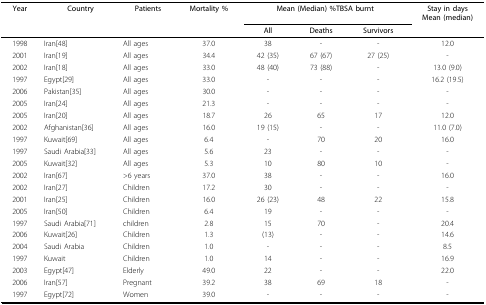
<table><thead><tr><td><b>Year</b></td><td><b>Country</b></td><td><b>Patients</b></td><td><b>Mortality %</b></td><td colspan="3"><b>Mean (Median) %TBSA burnt</b></td><td><b>Stay in daysMean (median)</b></td></tr><tr><td></td><td></td><td></td><td></td><td><b>All</b></td><td><b>Deaths</b></td><td><b>Survivors</b></td><td></td></tr></thead><tbody><tr><td>1998</td><td>Iran[48]</td><td>All ages</td><td>37.0</td><td>38</td><td>-</td><td>-</td><td>12.0</td></tr><tr><td>2001</td><td>Iran[19]</td><td>All ages</td><td>34.4</td><td>42 (35)</td><td>67 (67)</td><td>27 (25)</td><td>-</td></tr><tr><td>2002</td><td>Iran[18]</td><td>All ages</td><td>33.0</td><td>48 (40)</td><td>73 (88)</td><td>-</td><td>13.0 (9.0)</td></tr><tr><td>1997</td><td>Egypt[29]</td><td>All ages</td><td>33.0</td><td>-</td><td>-</td><td>-</td><td>16.2 (19.5)</td></tr><tr><td>2006</td><td>Pakistan[35]</td><td>All ages</td><td>30.0</td><td>-</td><td>-</td><td>-</td><td>-</td></tr><tr><td>2005</td><td>Iran[24]</td><td>All ages</td><td>21.3</td><td>-</td><td>-</td><td>-</td><td>-</td></tr><tr><td>2005</td><td>Iran[20]</td><td>All ages</td><td>18.7</td><td>26</td><td>65</td><td>17</td><td>12.0</td></tr><tr><td>2002</td><td>Afghanistan[36]</td><td>All ages</td><td>16.0</td><td>19 (15)</td><td>-</td><td>-</td><td>11.0 (7.0)</td></tr><tr><td>1997</td><td>Kuwait[69]</td><td>All ages</td><td>6.4</td><td>-</td><td>70</td><td>20</td><td>16.0</td></tr><tr><td>1997</td><td>Saudi Arabia[33]</td><td>All ages</td><td>5.6</td><td>23</td><td>-</td><td>-</td><td>-</td></tr><tr><td>2005</td><td>Kuwait[32]</td><td>All ages</td><td>5.3</td><td>10</td><td>80</td><td>10</td><td>-</td></tr><tr><td>2002</td><td>Iran[67]</td><td>&gt;6 years</td><td>37.0</td><td>38</td><td>-</td><td>-</td><td>16.0</td></tr><tr><td>2002</td><td>Iran[27]</td><td>Children</td><td>17.2</td><td>30</td><td>-</td><td>-</td><td>-</td></tr><tr><td>2001</td><td>Iran[25]</td><td>Children</td><td>16.0</td><td>26 (23)</td><td>48</td><td>22</td><td>15.8</td></tr><tr><td>2005</td><td>Iran[50]</td><td>Children</td><td>6.4</td><td>19</td><td>-</td><td>-</td><td>-</td></tr><tr><td>1997</td><td>Saudi Arabia[71]</td><td>children</td><td>2.8</td><td>15</td><td>70</td><td>-</td><td>20.4</td></tr><tr><td>2006</td><td>Kuwait[26]</td><td>Children</td><td>1.3</td><td>(13)</td><td>-</td><td>-</td><td>14.6</td></tr><tr><td>2004</td><td>Saudi Arabia</td><td>Children</td><td>1.0</td><td>-</td><td>-</td><td>-</td><td>8.5</td></tr><tr><td>1997</td><td>Kuwait</td><td>Children</td><td>1.0</td><td>14</td><td>-</td><td>-</td><td>16.9</td></tr><tr><td>2003</td><td>Egypt[47]</td><td>Elderly</td><td>49.0</td><td>22</td><td>-</td><td>-</td><td>22.0</td></tr><tr><td>2006</td><td>Iran[57]</td><td>Pregnant</td><td>39.2</td><td>38</td><td>69</td><td>18</td><td>-</td></tr><tr><td>1997</td><td>Egypt[72]</td><td>Women</td><td>39.0</td><td>-</td><td>-</td><td>-</td><td>-</td></tr></tbody></table>